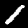
Digit: 1